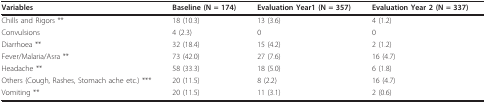
<table><thead><tr><td><b>Variables</b></td><td><b>Baseline (N = 174)</b></td><td><b>Evaluation Year1 (N = 357)</b></td><td><b>Evaluation Year 2 (N = 337)</b></td></tr></thead><tbody><tr><td>Chills and Rigors **</td><td>18 (10.3)</td><td>13 (3.6)</td><td>4 (1.2)</td></tr><tr><td>Convulsions</td><td>4 (2.3)</td><td>0</td><td>0</td></tr><tr><td>Diarrhoea **</td><td>32 (18.4)</td><td>15 (4.2)</td><td>2 (1.2)</td></tr><tr><td>Fever/Malaria/Asra **</td><td>73 (42.0)</td><td>27 (7.6)</td><td>16 (4.7)</td></tr><tr><td>Headache **</td><td>58 (33.3)</td><td>18 (5.0)</td><td>6 (1.8)</td></tr><tr><td>Others (Cough, Rashes, Stomach ache etc.) ***</td><td>20 (11.5)</td><td>8 (2.2)</td><td>16 (4.7)</td></tr><tr><td>Vomiting **</td><td>20 (11.5)</td><td>11 (3.1)</td><td>2 (0.6)</td></tr></tbody></table>